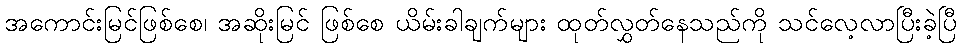
အကောင်းမြင်ဖြစ်စေ၊ အဆိုးမြင် ဖြစ်စေ ယိမ်းခါချက်များ ထုတ်လွှတ်နေသည်ကို သင်လေ့လာပြီးခဲ့ပြီ